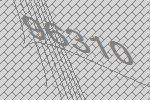
96310